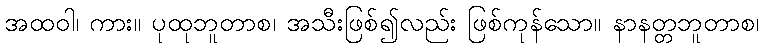
အထဝါ၊ ကား။ ပုထုဘူတာစ၊ အသီးဖြစ်၍လည်း ဖြစ်ကုန်သော။ နာနတ္တဘူတာစ၊